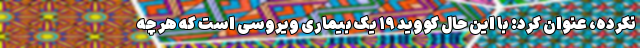
نکرده، عنوان کرد: با این حال کووید ۱۹ یک بیماری ویروسی است که هر چه